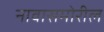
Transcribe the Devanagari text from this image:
नावासमोरील